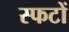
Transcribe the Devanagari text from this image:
स्फटों